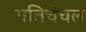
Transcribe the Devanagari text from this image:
गतिचंचल